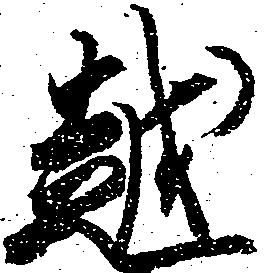
越